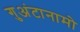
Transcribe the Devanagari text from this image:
गुअंटानामो